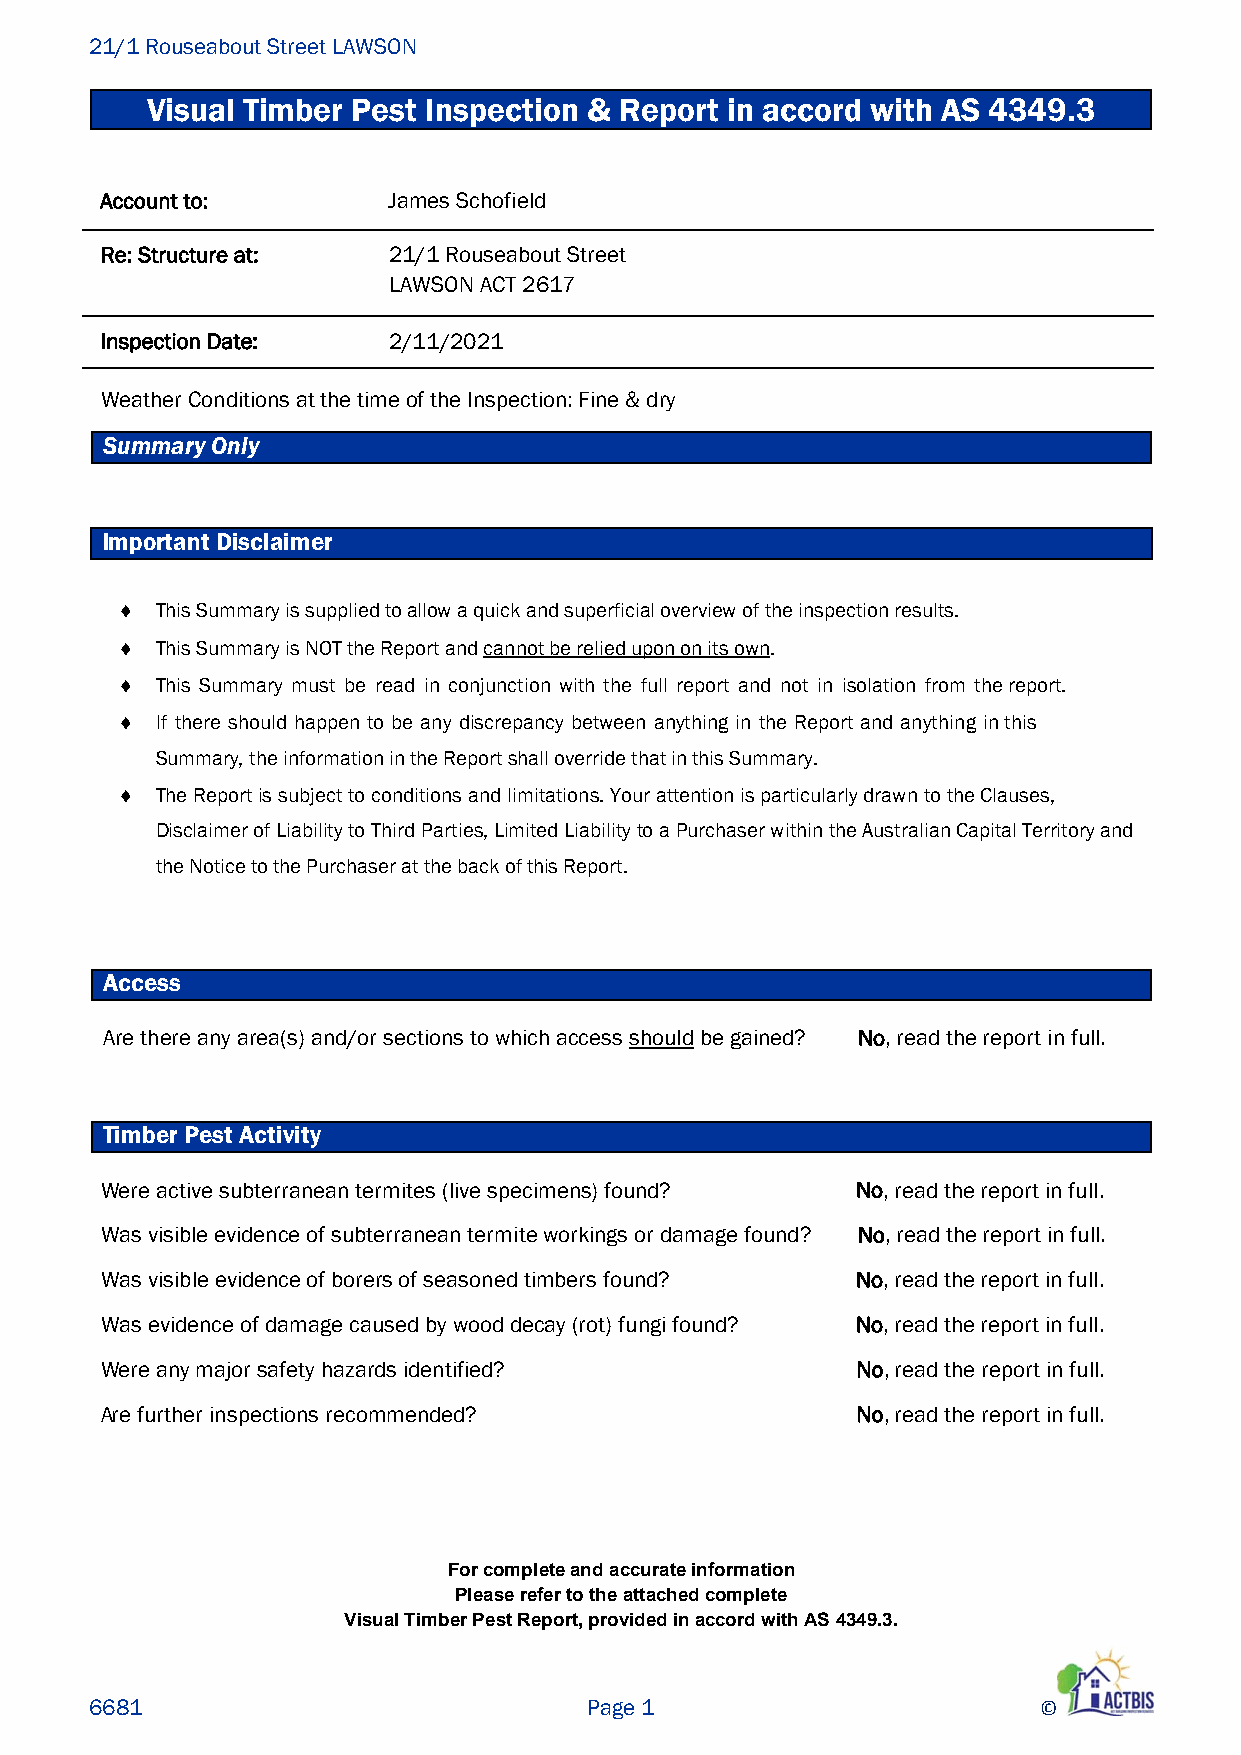
21/1 Rouseabout Street LAWSON
 Visual Timber Pest Inspection & Report in accord with AS 4349.3
 Account to:        James Schofield
 Re: Structure at:  21/1 Rouseabout Street
 LAWSON ACT 2617
 Inspection Date:   2/11/2021
 Weather Conditions at the time of the Inspection: Fine & dry
 Summary Only
 Important Disclaimer
  This Summary is supplied to allow a quick and superficial overview of the inspection results.
  This Summary is NOT the Report and cannot be relied upon on its own.
  This Summary must be read in conjunction with the full report and not in isolation from the report.
  If there should happen to be any discrepancy between anything in the Report and anything in this
 Summary, the information in the Report shall override that in this Summary.
  The Report is subject to conditions and limitations. Your attention is particularly drawn to the Clauses,
 Disclaimer of Liability to Third Parties, Limited Liability to a Purchaser within the Australian Capital Territory and
 the Notice to the Purchaser at the back of this Report.
 Access
 Are there any area(s) and/or sections to which access should be gained? No, read the report in full.
 Timber Pest Activity
 Were active subterranean termites (live specimens) found? No, read the report in full.
 Was visible evidence of subterranean termite workings or damage found? No, read the report in full.
 Was visible evidence of borers of seasoned timbers found? No, read the report in full.
 Was evidence of damage caused by wood decay (rot) fungi found? No, read the report in full.
 Were any major safety hazards identified?         No, read the report in full.
 Are further inspections recommended?              No, read the report in full.
 For complete and accurate information
 Please refer to the attached complete
 Visual Timber Pest Report, provided in accord with AS 4349.3.
 6681                             Page 1                        ©